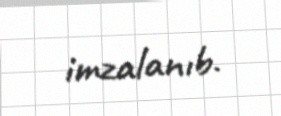
imzalanıb.